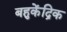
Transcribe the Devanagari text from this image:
बहुकेंद्रिक